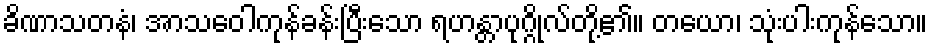
ခိဏာသတနံ၊ အာသဝေါကုန်ခန်းပြီးသော ရဟန္တာပုဂ္ဂိုလ်တို့၏။ တယော၊ သုံးပါးကုန်သော။